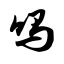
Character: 吗